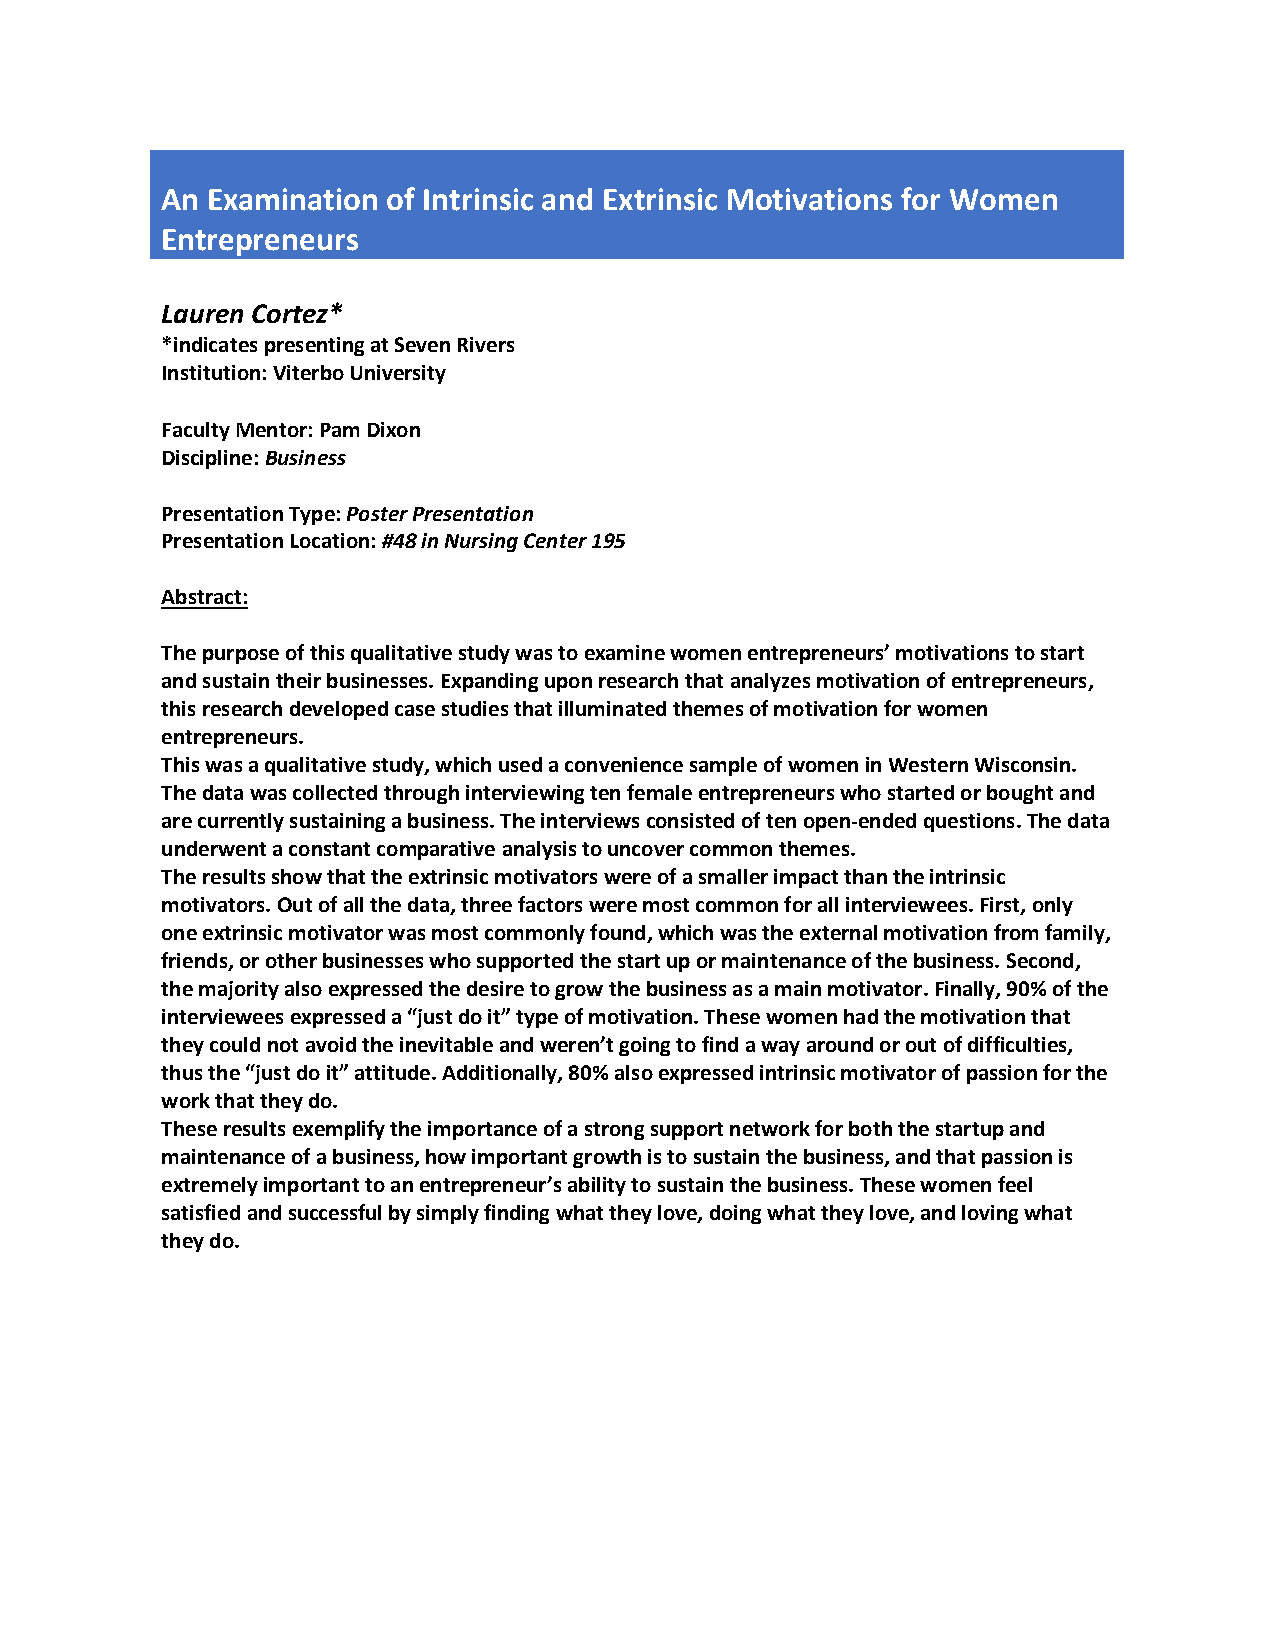
An Examination of Intrinsic and Extrinsic Motivations for Women
 Entrepreneurs
 Lauren Cortez*
 *indicates presenting at Seven Rivers
 Institution: Viterbo University
 Faculty Mentor: Pam Dixon
 Discipline: Business
 Presentation Type: Poster Presentation
 Presentation Location: #48 in Nursing Center 195
 Abstract:
 The purpose of this qualitative study was to examine women entrepreneurs’ motivations to start
 and sustain their businesses. Expanding upon research that analyzes motivation of entrepreneurs,
 this research developed case studies that illuminated themes of motivation for women
 entrepreneurs.
 This was a qualitative study, which used a convenience sample of women in Western Wisconsin.
 The data was collected through interviewing ten female entrepreneurs who started or bought and
 are currently sustaining a business. The interviews consisted of ten open-ended questions. The data
 underwent a constant comparative analysis to uncover common themes.
 The results show that the extrinsic motivators were of a smaller impact than the intrinsic
 motivators. Out of all the data, three factors were most common for all interviewees. First, only
 one extrinsic motivator was most commonly found, which was the external motivation from family,
 friends, or other businesses who supported the start up or maintenance of the business. Second,
 the majority also expressed the desire to grow the business as a main motivator. Finally, 90% of the
 interviewees expressed a “just do it” type of motivation. These women had the motivation that
 they could not avoid the inevitable and weren’t going to find a way around or out of difficulties,
 thus the “just do it” attitude. Additionally, 80% also expressed intrinsic motivator of passion for the
 work that they do.
 These results exemplify the importance of a strong support network for both the startup and
 maintenance of a business, how important growth is to sustain the business, and that passion is
 extremely important to an entrepreneur’s ability to sustain the business. These women feel
 satisfied and successful by simply finding what they love, doing what they love, and loving what
 they do.